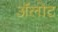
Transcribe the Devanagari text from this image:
अॅलोट